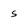
Character: s